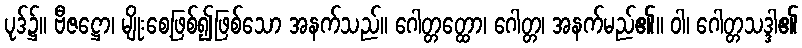
ပုဒ်၌။ ဗီဇဋ္ဌော၊ မျိုးစေ့ဖြစ်၍ဖြစ်သော အနက်သည်။ ဂေါတ္တတ္ထော၊ ဂေါတ္တ၊ အနက်မည်၏။ ဝါ၊ ဂေါတ္တသဒ္ဒါ၏